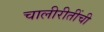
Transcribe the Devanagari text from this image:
चालीरीतींची